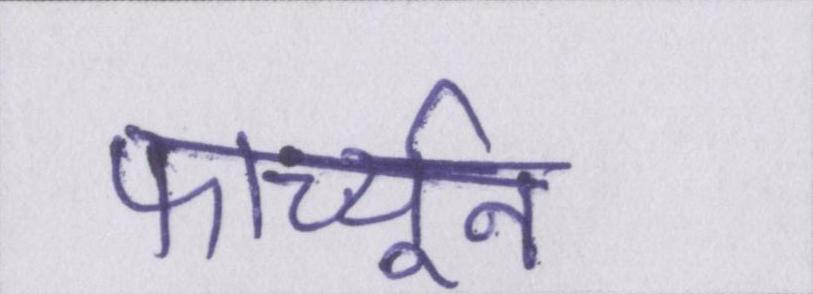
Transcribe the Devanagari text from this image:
फार्च्यून